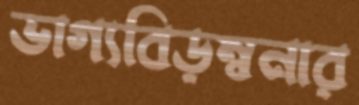
ভাগ্যবিড়ম্বনার